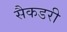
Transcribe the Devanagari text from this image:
सैकडरी